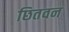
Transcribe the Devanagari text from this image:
छितवन